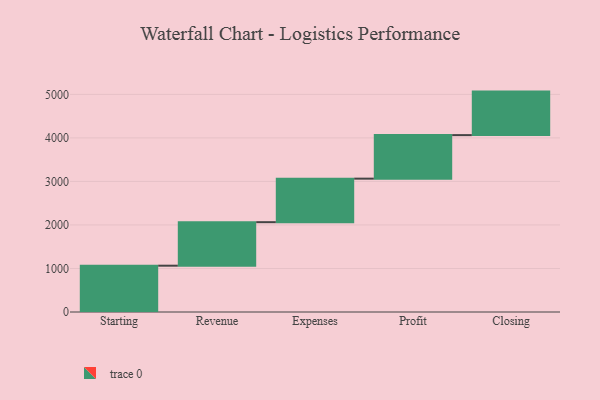
{"axis": {"x": "Step", "y": "Value"}, "legend": [""], "data": [{"x": "Starting", "y": 1064.0, "type": ""}, {"x": "Revenue", "y": 1000, "type": ""}, {"x": "Expenses", "y": 1000, "type": ""}, {"x": "Profit", "y": 1000, "type": ""}, {"x": "Closing", "y": 1000, "type": ""}]}